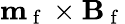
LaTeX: \mathbf{m}_{\mathrm{~f~}}\times\mathbf{B}_{\mathrm{~f~}}